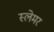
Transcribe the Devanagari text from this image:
स्लेमर